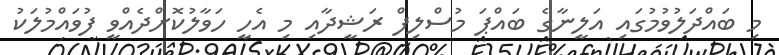
މި ބައްދަލުވުމުގައި އަލީނާގެ ބައްޕަ މުސްލިފް ރަޝީދާއި މި އެހީ ހަވާލުކޮށްދެއްވީ ފުވައްމުލަކު